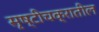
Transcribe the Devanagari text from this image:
सृष्टीचक्रातील